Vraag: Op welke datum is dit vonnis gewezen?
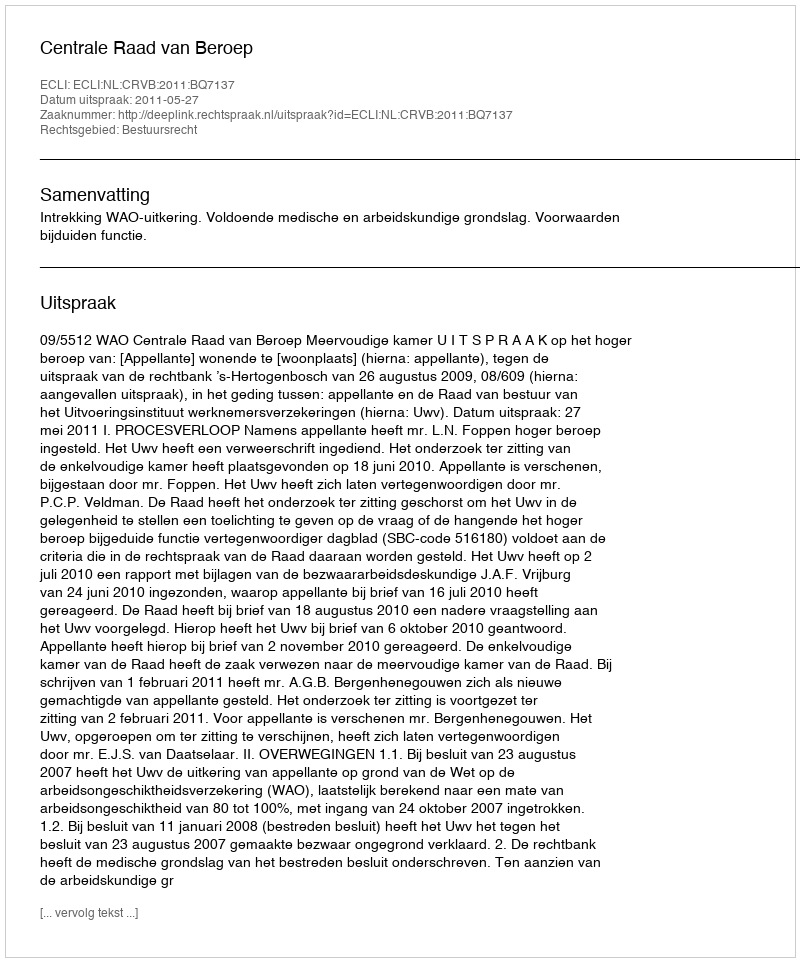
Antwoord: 2011-05-27